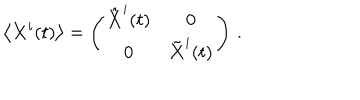
\left\langle { \bf X } ^ { i } ( t ) \right\rangle = \left( \begin{array} { c c } { { \hat { \bf X } ^ { i } ( t ) } } & { { 0 } } \\ { { 0 } } & { { \tilde { \bf X } ^ { i } ( t ) } } \\ \end{array} \right) \, .